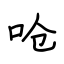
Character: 呛